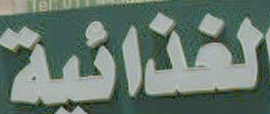
الغذائية